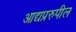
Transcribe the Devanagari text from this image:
आद्यप्ररुपील